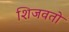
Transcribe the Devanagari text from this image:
शिजवतो